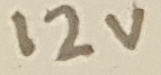
Text: 12V